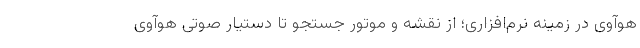
هوآوی در زمینه نرم‌افزاری؛ از نقشه و موتور جستجو تا دستیار صوتی هوآوی